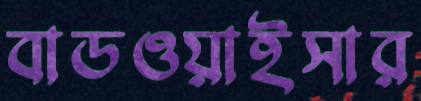
বাডওয়াইসার